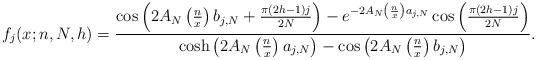
LaTeX: \begin{align*}f_{j}(x;n,N,h)=\frac{\cos\left(2A_{N}\left(\frac{n}{x}\right)b_{j,N}+\frac{\pi (2h-1)j}{2N}\right)-e^{-2A_{N}\left(\frac{n}{x}\right)a_{j,N}}\cos\left(\frac{\pi (2h-1)j}{2N}\right)}{\cosh\left(2A_{N}\left(\frac{n}{x}\right)a_{j,N}\right)-\cos\left(2A_{N}\left(\frac{n}{x}\right)b_{j,N}\right)}.\end{align*}